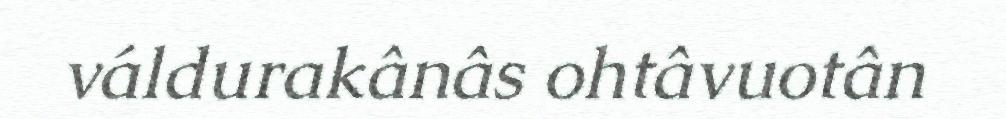
váldurakânâs ohtâvuotân